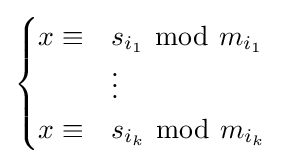
{\begin{cases}x\equiv &s_{i_{1}}\ {\bmod {\ }}m_{i_{1}}\\&\vdots \\x\equiv &s_{i_{k}}\ {\bmod {\ }}m_{i_{k}}\\\end{cases}}